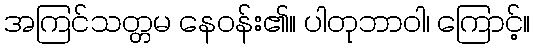
အကြင်သတ္တမ နေဝန်း၏။ ပါတုဘာဝါ၊ ကြောင့်။